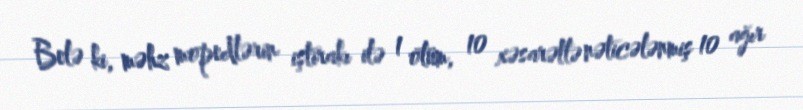
Belə ki, məhz mopedlərin iştirakı ilə 1 ölüm, 10 xəsarətlə nəticələnmiş 10 ağır